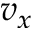
v _ { x }